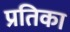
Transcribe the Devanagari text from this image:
प्रतिका